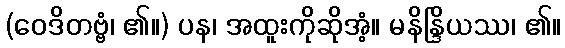
(ဝေဒိတဗ္ဗံ၊ ၏။) ပန၊ အထူးကိုဆိုအံ့။ မနိန္ဒြိယဿ၊ ၏။